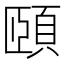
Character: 頤